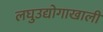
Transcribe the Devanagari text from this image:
लघुउद्योगाखाली